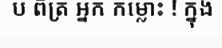
ប ពិត្រ អ្នក កម្លោះ ! ក្នុង